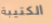
الكتيبة